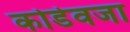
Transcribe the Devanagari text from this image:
कोडेवजा